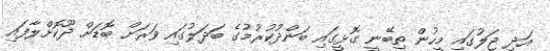
އަދި ޖަލުގައި މީހުން ތިބޭނީ ގޮޅީގައި ބަންދުކުރުމުގެ ބަދަލުގައި ވަރަށް ބޮޑަށް ދޫކޮށްލާފައި